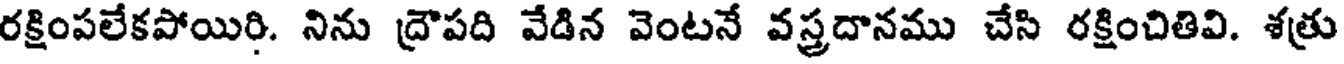
రక్షింపలేకపోయిరి. నిను ద్రౌపది వేడిన వెంటనే వస్త్రదానము చేసి రక్షించితివి. శత్రు